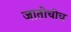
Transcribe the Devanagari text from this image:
जातींचीच